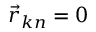
\vec { r } _ { k n } = 0